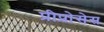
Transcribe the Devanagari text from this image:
प्रीप्रोसेस